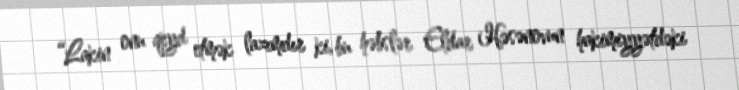
“Lakin onu qeyd etmək lazımdır ki, bu həbslər Eldar Həsənovun hakimiyyətdəki